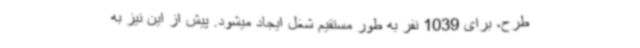
طرح، برای 1039 نفر به طور مستقیم شغل ایجاد میشود. پیش از این نیز به